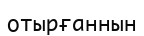
отырғаннын